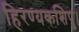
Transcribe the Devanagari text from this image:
हिरण्यकशिपु।